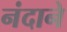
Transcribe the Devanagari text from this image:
नंदाने